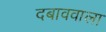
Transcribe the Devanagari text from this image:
दबाववाला